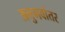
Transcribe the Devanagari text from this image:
अनुभवांतर